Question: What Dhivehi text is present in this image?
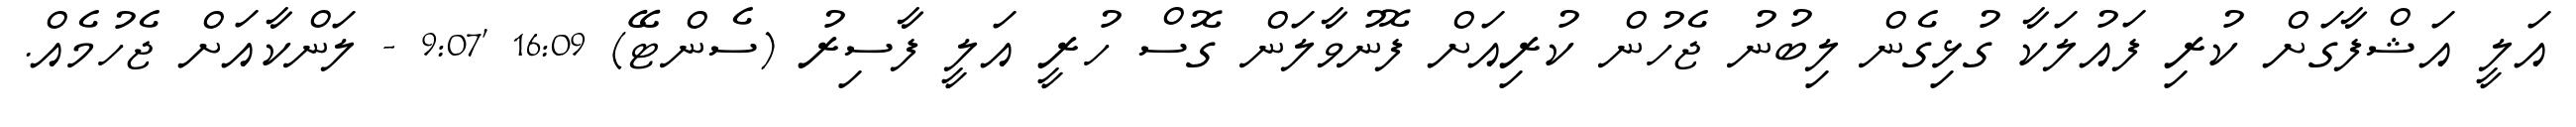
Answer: އަލީ އަޝްފާގަށް ކުރި ފައުލަކާ ގުޅިގެން ލިބުނު ޖެހުން ކުރިއަށް ފޮނުވާލަން ގޮސް ހުރީ އަލީ ފާސިރު (ސެންޓޭ) 16:09 '9:07 - ލަންކާއަށް ޖެހުމެއް.